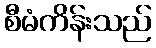
စီမံကိန်းသည်